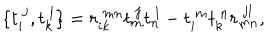
LaTeX: \{ t _ { i } ^ { ~ j } , t _ { k } ^ { ~ l } \} = r _ { i k } ^ { ~ m n } t _ { m } ^ { ~ j } t _ { n } ^ { ~ l } - t _ { i } ^ { ~ m } t _ { k } ^ { ~ n } r _ { m n } ^ { ~ j l } ,